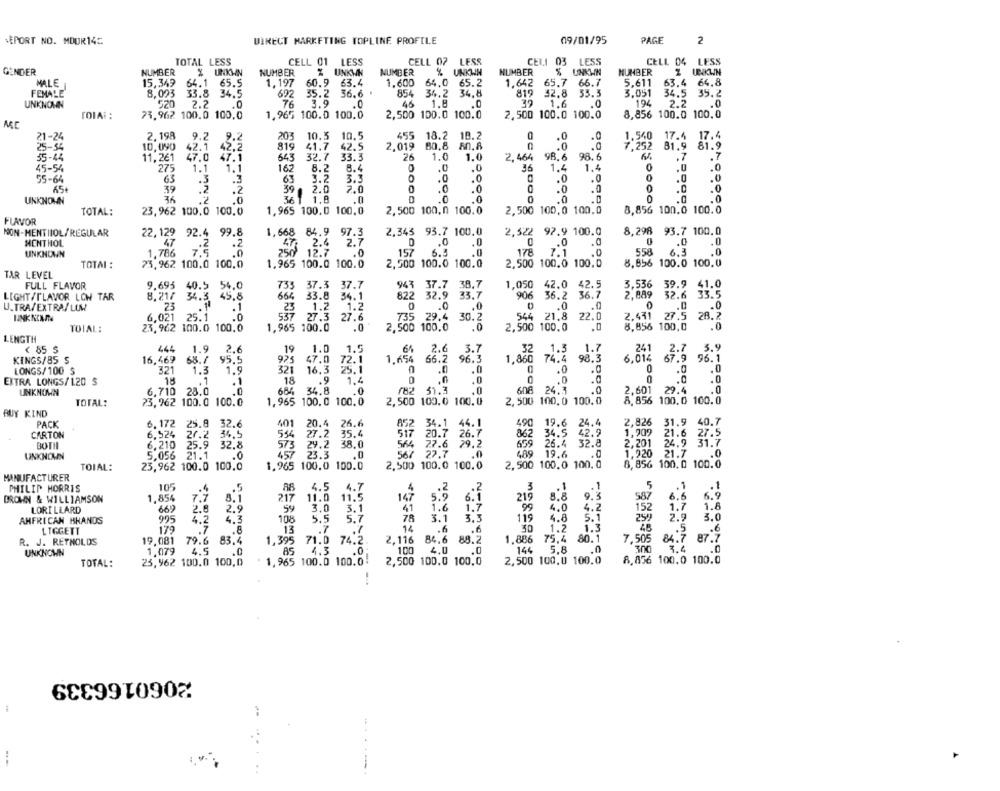
VEPORT NO. MOUR145
DIRECT MARKETING TOPLINE PROFILE
09/01/95
PAGE
2
TOTAL LESS
CELL 01 LESS
CELL 07 LESS
CELI 03 LESS
CELL 04 LESS
GENDER
NUMBER
% UNKMIN
NUMBER
% UNKWH
NUMBER
UNKWIN
NUMBER
$ UNKWN
NUMBER
Z UNKUN
MALE
15,349
64.1 65.5
1,197
60.9 63.4
1.600
64.0 65.2
1.642
65.7
66.7
5,611
63.4
64.8
FEMALE
8,023
33.8
34.5
692
35.2 36.6
..
854
34.2
34.8
819
42.8
3.051
34.5
35.2
UNKNOWN
$20
2.2
.0
76
3.9
.0
1.8
.0
1.6
.0
194
2.2
.0
TOIA: :
73.962 100.0 100,0
1,965 100.0 100.0
2,500 100.0 100.0
2,500 100.0 100.0
8,856 100.0 100.0
2.198
9.2
9.2
203
10.5
10.5
455 18.2 18.2
21-24
.0
.0
1.540
17.4 17.4
25-54
10,090
42.1
42.2
819
41.7
42.5
2,019 80.8
.0
7.252
81.9 81.9
11,261
47.0
47.1
643
32.7
33.3
26
1.0
1.0
2,464 98,6 98.6
. 7
45-54
1.1
8.2
8.4
.0
1.4
F.0
.0
27
1.1
162
36
1.4
55-64
63
.3
63
3.2
3.3
.0
.0
1.0
.0
0
.0
65+
39
.2
39
2.0
7.0
.0
.0
.0
36
361 1.8
D
.0
.0
.0
.D
0
.0
UNKNOWN
.0
.0
TOTAL:
23,962 100.0 100.0
MNNO
1,965 100.0 100.0
2,500 100,0 100.0
2,500 100,0 100.0
8,856 100.0 100.0
FLAVOR
NON-MENTIIOL/REGULAR
22, 129 92.4 99.8
1,668 84.9 97.3
2,343 93.7 100.0
2,522 92.9 100.0
8,298 93.7 100.0
MENTHOL
.2
473 2.4
2.7
.0
.0
.0
0
.0
.0
UNKNOWN
1,786 7.5
.0
250 12.7
.0
157
6.3
.0
178
.0
558
6.3
.0
TOTAL :
73,962 100.0 100.0
1,965 100.0 100.0
2,500 100.0 100.0
2,500 100.0 100.0
8,856 100.0 100.0
TAR LEVEL
FULL FLAVOR
9.695 40.5 54,0
733 37.3 37.7
943 37.7 38.7
1,050 42.0 42.5
3,536 39.9 41.0
33.5
LIGHT/FLAVOR LOW TAR
8,21/ 34.3 45.8
664 33.8 34.1
822 32.9
33.7
906 36.2 36.7
2,889 32.6
U.TRA/EXTRA/LUW
23
.1
23
1.2
1.2
.0
.0
.. 0
.0
6,021 25.1
.0
735 29.4
30.2
544 21.8 22.0
2.471
2.431 27.5
28.7
537 27.3 27.6
27.5
TOTAL:
23,962 100.0 100.0
1,965 100.0
.0
2,500 100.0
.0
2,500 100.0
.0
8,856 100,0
.0
LENGTH
< 85 $
444
1.9
19
1.0
1.5
6%
2.6 3.7
1.7
3.9
2.6
32
1.3
241 2.7
KINGS/85 S
16,469
68.7
95.5
925
47.0
72.1
1,654 66.2
96.3
1,860 74.4 98.3
6,014 67.9 96.1
LONGS/ 100 $
321
1.3
1.9
321
16.3
25.1
.0
.0
.0
0
.0
.0
EXTRA LONGS/1.20 S
18
.1
18
.9
1.4
.0
.0
.0
.1
.0
.0
UNKNOWN
6,710 28.0
.0
684 34.8
.0
182 31.3
608 24.3
.0
2,601 29.4
TOTAL:
23, 962 100.0 100.0
1,965 100. 0 100.0
2,500 100.0 100.0
2, 500 100,0 100.0
8,856 100.0 100.0
BUY KIND
PACK
6.172 25.8 32.6
401
20.4
852
44.1
490 19.6 24.4
2,826
31.9
40.7
CARTON
6,524 27.2 34.5
514
517
26.7
862
34.5
42.9
1,709
21.6
BOTH
6.210
659
26.4
32.8
2,201
24.9
31.7
25.9 32.8
UNKNOWN
5.056 21.1
.0
457
567
.0
489 19.6
1,220 21.7
.0
TOIAL:
23,962 100.0 100.0
1,965 100.0 100.0
2,500 100.0 100.0
2,500 100.0 100. 0
8,856 100.0 100.0
MANUFACTURER
PHILIP MORRIS
105
88
4.5 4.7
4
.2
3
.1
.. 1
5
.1
BROWN & WILLIAMSON
1,854
8.1
217
11.0 11.5
147
6.1
219
8.8
9.3
6.9
2.8
Sy
3.0
3.1
61
1.6
1.7
4.0
4.2
1.8
LORILLARD
669
2.9
AHFRICAN HHANDS
995
4.2
4.3
108
5.5 5.7
78
3.1
3.3
119
4.8
5.1
2.9
3.0
LIGGETT
179
.7
.8
13
.7
14
.6
30
1.2
1.3
.5
.6
2,116
84.6
1.886
75.4
80.1
R. J. REYNOLDS
19.081
79.6 83.4
1,395
71.0 74.2
88.2
UNKNOWN
1.079
4.5
.0
85
4.3
.0
100
4,0
.0
144
5.8
.0
3.4
.0
23,962 100.0 100,0
1,965 100.0 100.0!
2,500 100.0 100,0
2,500 100,0 100.0
8,836 100.0 100.0
TOTAL:
2060166339
-..-.